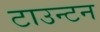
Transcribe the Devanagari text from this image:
टाउन्टन